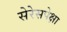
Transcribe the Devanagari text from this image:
सेरेसपेक्षा